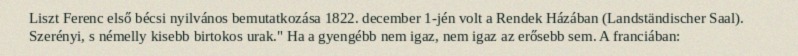
Liszt Ferenc első bécsi nyilvános bemutatkozása 1822. december 1-jén volt a Rendek Házában (Landständischer Saal). Szerényi, s némelly kisebb birtokos urak." Ha a gyengébb nem igaz, nem igaz az erősebb sem. A franciában: